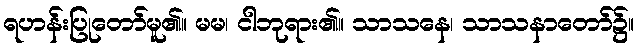
ရဟန်းပြုတော်မူ၏။ မမ၊ ငါဘုရား၏။ သာသနေ၊ သာသနာတော်၌။